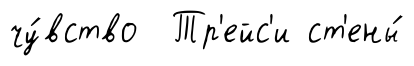
чу́вство Тр'ейс'и ст'ены́